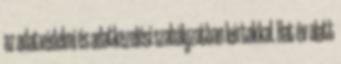
az adatvédelmi és adatkezelési szabályzatban leírtakkal. Hat év alatt